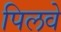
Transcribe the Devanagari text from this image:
पिलवे